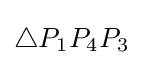
\triangle P_{1}P_{4}P_{3}